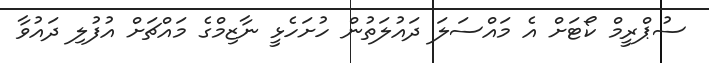
ސުޕްރީމް ކޯޓަށް އެ މައްސަލަ ދައުލަތުން ހުށަހެޅީ ނާޒިމްގެ މައްޗަށް އުފުލި ދައުވާ